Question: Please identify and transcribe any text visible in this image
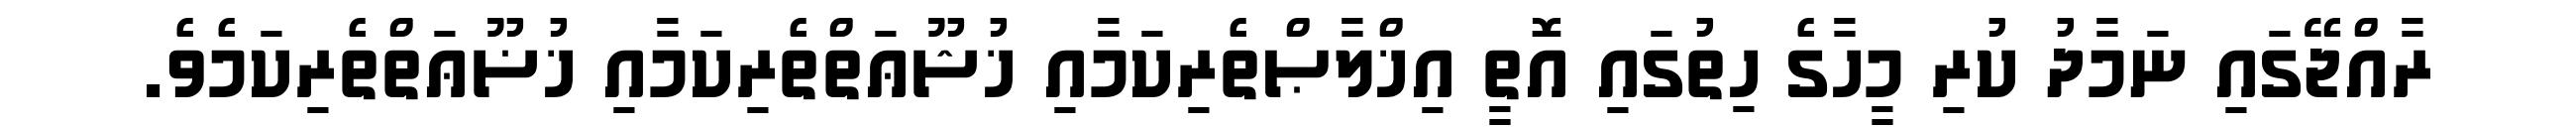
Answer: ރާއްޖޭގައި ނަމާދު ކުރި މީހާގެ ހިތުގައި އޮތީ އިޚްލާޞްތެރިކަމާއި ޚުޝޫޢަތްތެރިކަމާއި ޚުޟޫޢަތްތެރިކަމެވެ.